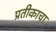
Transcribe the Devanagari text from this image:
प्रतीकाचा